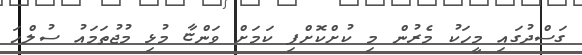
ގަސްދުގައި މީހަކު މެރުން މި ކުށްކޮށްފި ކަމަށް ވަންޏާ މުޅި މުޖުތަމައު ސުލްހަ